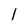
Character: 1